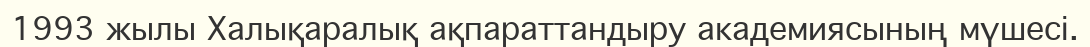
1993 жылы Халықаралық ақпараттандыру академияcының мүшесі.